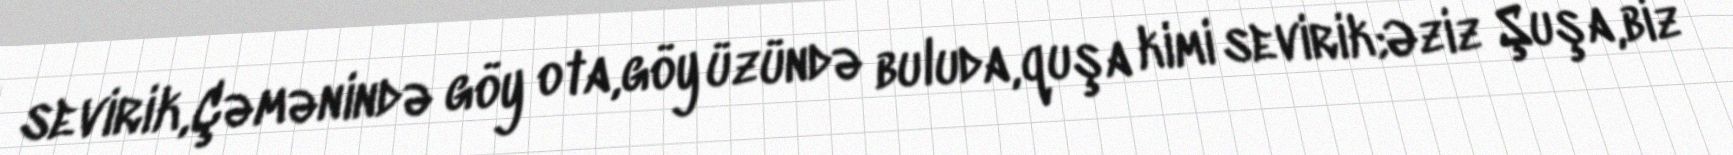
sevirik,Çəmənində göy ota,göy üzündə buluda,quşa kimi sevirik;Əziz Şuşa,biz